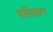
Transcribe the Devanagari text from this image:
भक्तिप्रवण